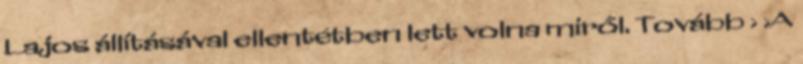
Lajos állításával ellentétben lett volna miről. Tovább › ›A